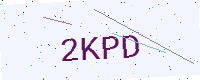
Text: 2KPD